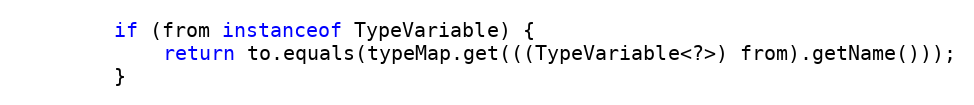
Language: Java
		if (from instanceof TypeVariable) {
			return to.equals(typeMap.get(((TypeVariable<?>) from).getName()));
		}